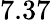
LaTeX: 7.37